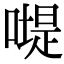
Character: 𠽯